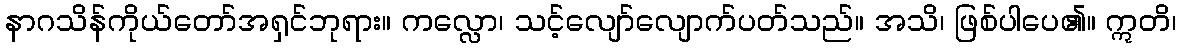
နာဂသိန်ကိုယ်တော်အရှင်ဘုရား။ ကလ္လော၊ သင့်လျော်လျောက်ပတ်သည်။ အသိ၊ ဖြစ်ပါပေ၏။ ဣတိ၊